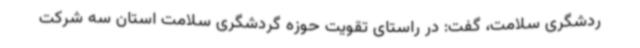
ردشگری سلامت، گفت: در راستای تقویت حوزه گردشگری سلامت استان سه شرکت